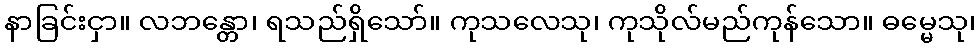
နာခြင်းငှာ။ လဘန္တော၊ ရသည်ရှိသော်။ ကုသလေသု၊ ကုသိုလ်မည်ကုန်သော။ ဓမ္မေသု၊